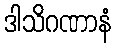
ဒါသိဂဏာနံ